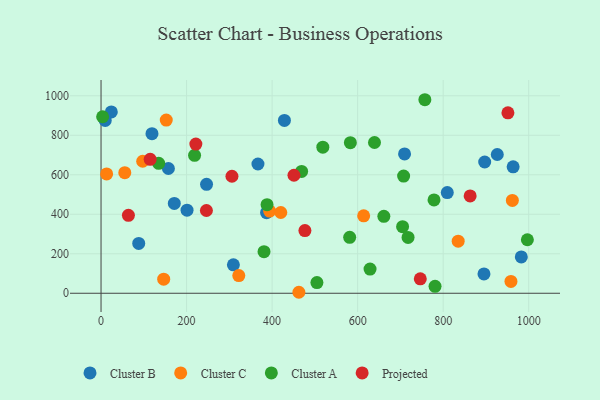
{"axis": {"x": "Investment", "y": "Exam Score"}, "legend": ["Cluster A", "Cluster B", "Cluster C", "Projected"], "data": [{"x": "963.6", "y": 640.4, "type": "Cluster B"}, {"x": "201.1", "y": 420.8, "type": "Cluster B"}, {"x": "246.7", "y": 551.8, "type": "Cluster B"}, {"x": "428.8", "y": 875.5, "type": "Cluster B"}, {"x": "309.5", "y": 144.0, "type": "Cluster B"}, {"x": "709.7", "y": 705.4, "type": "Cluster B"}, {"x": "157.5", "y": 631.8, "type": "Cluster B"}, {"x": "9.8", "y": 875.3, "type": "Cluster B"}, {"x": "24.0", "y": 918.5, "type": "Cluster B"}, {"x": "895.4", "y": 97.8, "type": "Cluster B"}, {"x": "982.7", "y": 184.0, "type": "Cluster B"}, {"x": "809.6", "y": 510.1, "type": "Cluster B"}, {"x": "171.3", "y": 454.8, "type": "Cluster B"}, {"x": "88.1", "y": 252.4, "type": "Cluster B"}, {"x": "119.1", "y": 808.3, "type": "Cluster B"}, {"x": "387.0", "y": 408.0, "type": "Cluster B"}, {"x": "897.1", "y": 664.7, "type": "Cluster B"}, {"x": "366.9", "y": 654.5, "type": "Cluster B"}, {"x": "926.5", "y": 702.7, "type": "Cluster B"}, {"x": "394.2", "y": 416.3, "type": "Cluster C"}, {"x": "958.5", "y": 60.0, "type": "Cluster C"}, {"x": "97.4", "y": 668.5, "type": "Cluster C"}, {"x": "614.1", "y": 392.0, "type": "Cluster C"}, {"x": "322.1", "y": 89.5, "type": "Cluster C"}, {"x": "420.3", "y": 409.0, "type": "Cluster C"}, {"x": "55.5", "y": 610.5, "type": "Cluster C"}, {"x": "152.5", "y": 877.2, "type": "Cluster C"}, {"x": "146.5", "y": 71.1, "type": "Cluster C"}, {"x": "961.8", "y": 470.0, "type": "Cluster C"}, {"x": "835.1", "y": 263.9, "type": "Cluster C"}, {"x": "462.6", "y": 5.0, "type": "Cluster C"}, {"x": "13.1", "y": 604.3, "type": "Cluster C"}, {"x": "781.0", "y": 35.3, "type": "Cluster A"}, {"x": "504.8", "y": 54.0, "type": "Cluster A"}, {"x": "639.4", "y": 763.5, "type": "Cluster A"}, {"x": "705.1", "y": 337.4, "type": "Cluster A"}, {"x": "707.5", "y": 593.7, "type": "Cluster A"}, {"x": "134.8", "y": 657.9, "type": "Cluster A"}, {"x": "629.0", "y": 122.4, "type": "Cluster A"}, {"x": "717.9", "y": 282.9, "type": "Cluster A"}, {"x": "3.7", "y": 894.0, "type": "Cluster A"}, {"x": "996.9", "y": 271.1, "type": "Cluster A"}, {"x": "583.0", "y": 762.4, "type": "Cluster A"}, {"x": "469.0", "y": 617.0, "type": "Cluster A"}, {"x": "661.3", "y": 389.8, "type": "Cluster A"}, {"x": "388.2", "y": 448.6, "type": "Cluster A"}, {"x": "778.6", "y": 472.5, "type": "Cluster A"}, {"x": "518.6", "y": 739.9, "type": "Cluster A"}, {"x": "381.1", "y": 210.7, "type": "Cluster A"}, {"x": "218.7", "y": 698.6, "type": "Cluster A"}, {"x": "581.4", "y": 283.3, "type": "Cluster A"}, {"x": "757.2", "y": 980.1, "type": "Cluster A"}, {"x": "951.4", "y": 913.9, "type": "Projected"}, {"x": "221.7", "y": 755.5, "type": "Projected"}, {"x": "246.4", "y": 419.2, "type": "Projected"}, {"x": "64.0", "y": 394.5, "type": "Projected"}, {"x": "476.7", "y": 317.4, "type": "Projected"}, {"x": "306.1", "y": 592.5, "type": "Projected"}, {"x": "746.5", "y": 73.2, "type": "Projected"}, {"x": "863.1", "y": 493.1, "type": "Projected"}, {"x": "451.1", "y": 597.6, "type": "Projected"}, {"x": "114.9", "y": 678.3, "type": "Projected"}]}